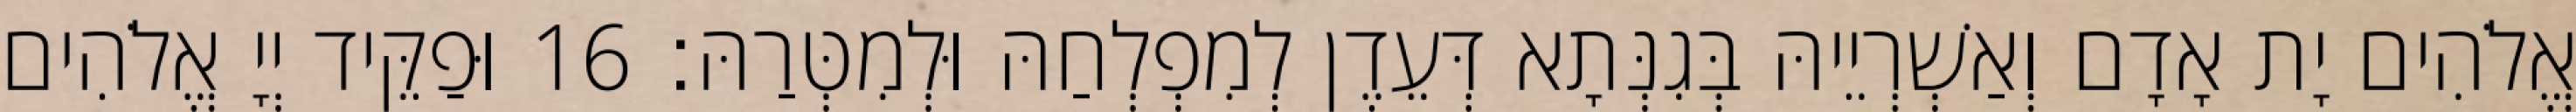
אֱלֹהִים יָת אָדָם וְאַשְׁרְיֵיהּ בְּגִנְּתָא דְּעֵדֶן לְמִפְלְחַהּ וּלְמִטְּרַהּ׃ 16 וּפַקֵּיד יְיָ אֱלֹהִים